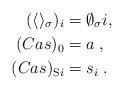
\begin{align*}(\langle\rangle_\sigma)_i & = \emptyset_\sigma i, \\(Cas)_0 & = a\;, \\(Cas)_{\mathrm{S}i} & = s_i\;.\end{align*}